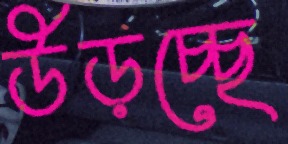
উড়চ্ছে